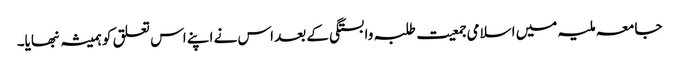
جامعہ ملیہ میں اسلامی جمعیت طلبہ وابستگی کے بعد اس نے اپنے اس تعلق کو ہمیشہ نبھایا۔